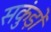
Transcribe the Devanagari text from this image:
सकुंड़ों